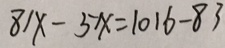
8 1 x - 5 x = 1 0 1 6 - 8 3